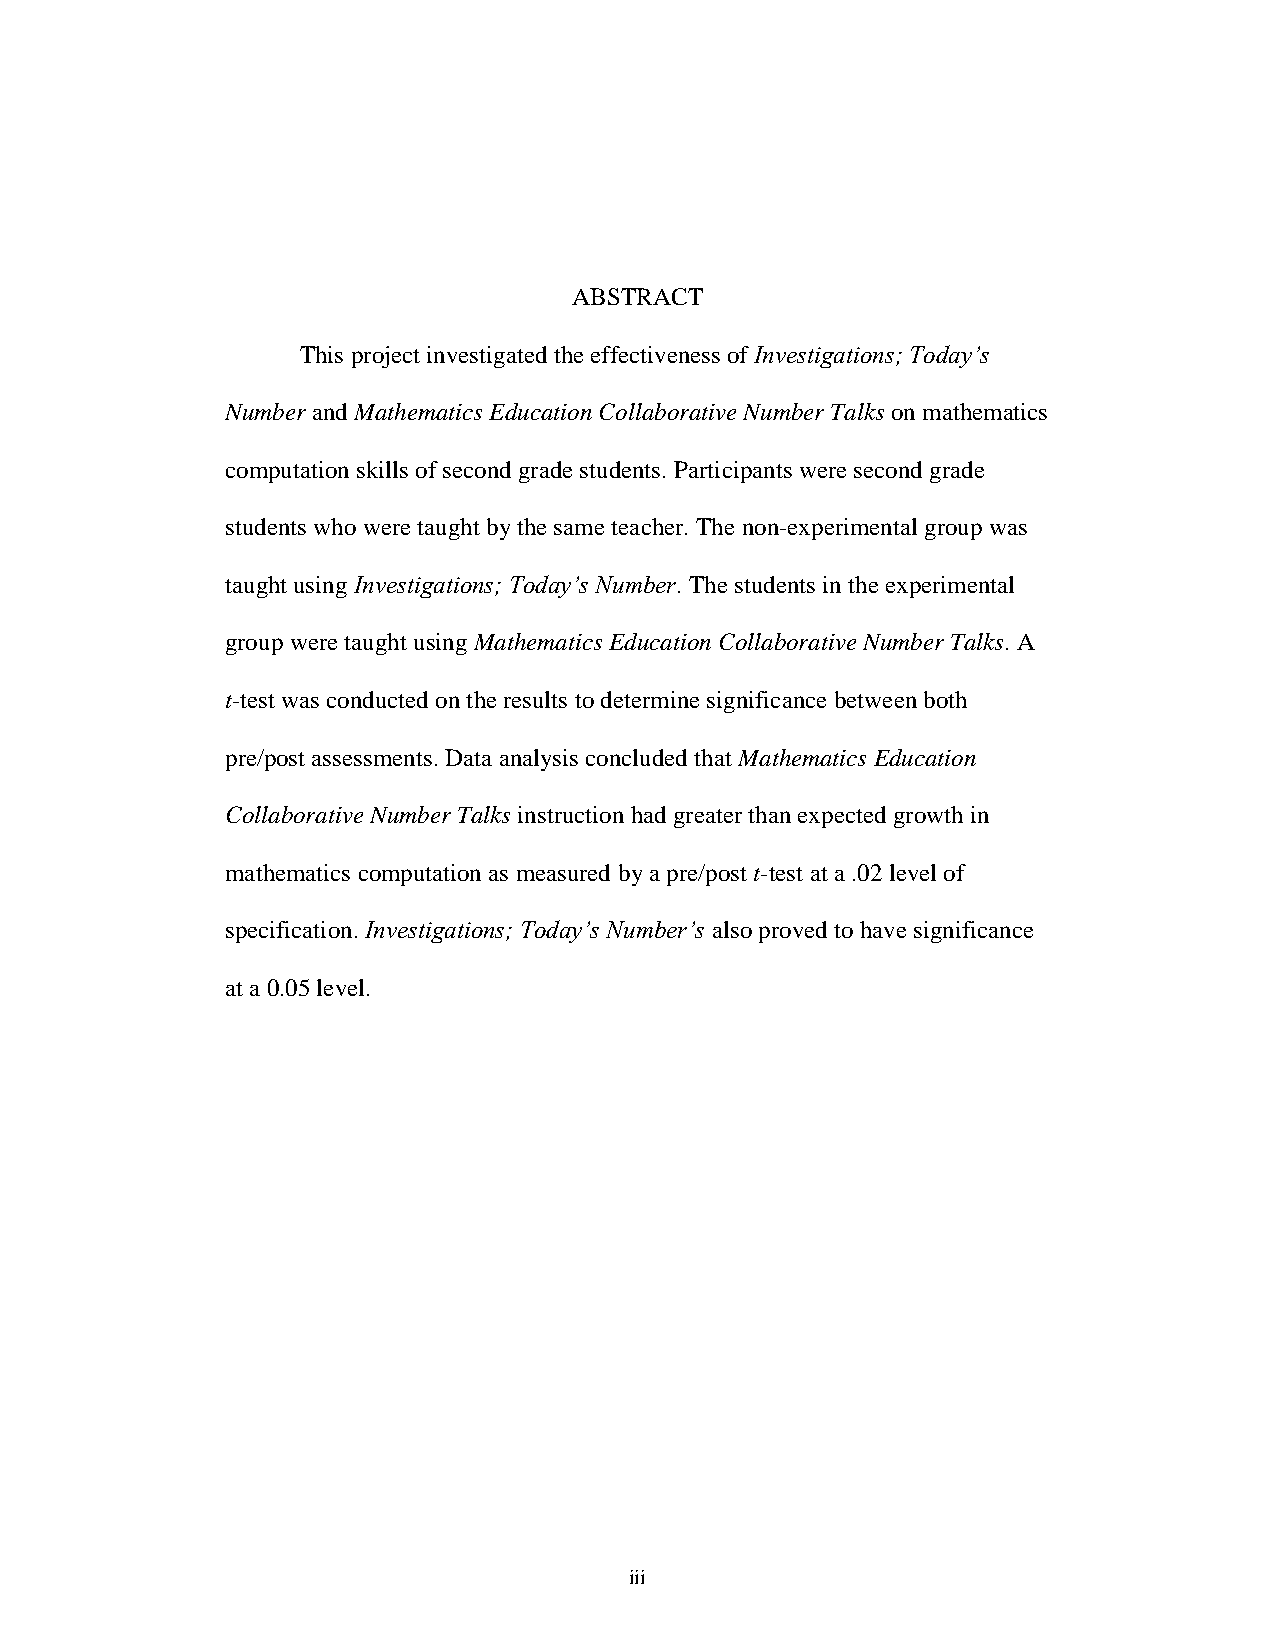
ABSTRACT
 This project investigated the effectiveness of Investigations; Today’s
 Number and Mathematics Education Collaborative Number Talks on mathematics
 computation skills of second grade students. Participants were second grade
 students who were taught by the same teacher. The non-experimental group was
 taught using Investigations; Today’s Number. The students in the experimental
 group were taught using Mathematics Education Collaborative Number Talks. A
 t-test was conducted on the results to determine significance between both
 pre/post assessments. Data analysis concluded that Mathematics Education
 Collaborative Number Talks instruction had greater than expected growth in
 mathematics computation as measured by a pre/post t-test at a .02 level of
 specification. Investigations; Today’s Number’s also proved to have significance
 at a 0.05 level.
 iii